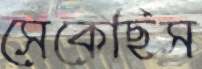
সেকেছিস